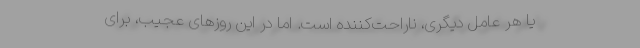
یا هر عامل دیگری، ناراحت‌کننده است. اما در این روزهای عجیب، برای